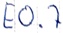
Text: E0.7